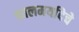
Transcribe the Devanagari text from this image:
कालमर्यादेचे